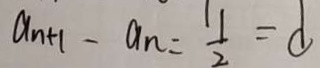
a _ { n + 1 } - a _ { n } = \frac { 1 } { 2 } = d